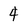
Character: 4